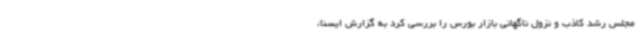
مجلس رشد کاذب و نزول ناگهانی بازار بورس را بررسی کرد به گزارش ایسنا،